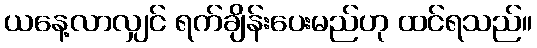
ယနေ့လာလျှင် ရက်ချိန်းပေးမည်ဟု ထင်ရသည်။